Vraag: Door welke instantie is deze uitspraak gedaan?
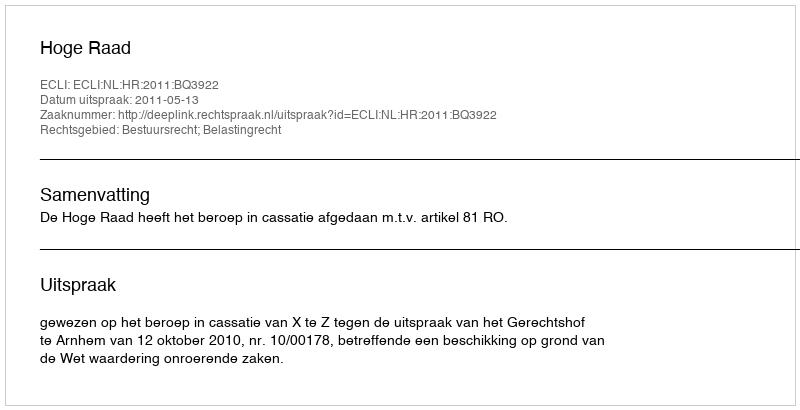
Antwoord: Hoge Raad